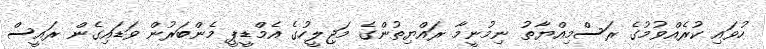
ހުވައި ކުރެއްވުމުގެ ރަސްމިއްޔާތު ނިމުނީމާ ރައްޔިތުންގެ މަޖިލީހުގެ އެމްޑީޕީ މެންބަރުން ވަޑައިގެން ރައީސް